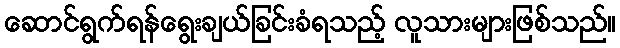
ဆောင်ရွက်ရန်ရွေးချယ်ခြင်းခံရသည့် လူသားများဖြစ်သည်။